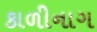
કાળીનાગ